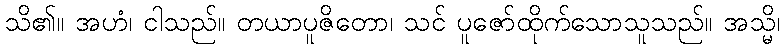
သိ၏။ အဟံ၊ ငါသည်။ တယာပူဇိတော၊ သင် ပူဇော်ထိုက်သောသူသည်။ အသ္မိ၊